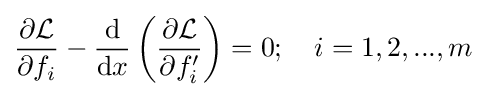
{\begin{aligned}{\frac {\partial {\mathcal {L}}}{\partial f_{i}}}-{\frac {\mathrm {d} }{\mathrm {d} x}}\left({\frac {\partial {\mathcal {L}}}{\partial f_{i}'}}\right)=0;\quad i=1,2,...,m\end{aligned}}